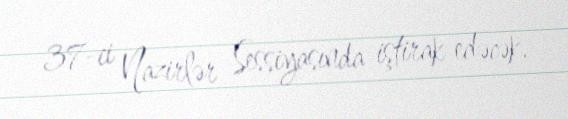
37-ci Nazirlər Sessiyasında iştirak edəcək.